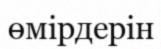
өмірдерін